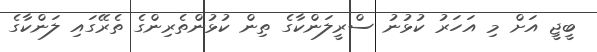
ބީޖީ އަށް މި އަހަރު ކުޅުނު ސްރީލަންކާގެ ތިން ކުޅުންތެރިންގެ ތެރޭގައި ލަންކާގެ